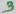
Text: 3